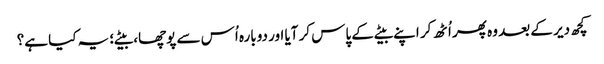
کچھ دیر کے بعد وہ پھر اُٹھ کر اپنے بیٹے کے پاس کر آیا اور دوبارہ اُس سے پوچھا، بیٹے؛ یہ کیا ہے؟